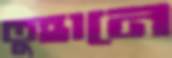
তুহানে